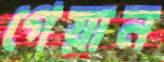
গেয়ান